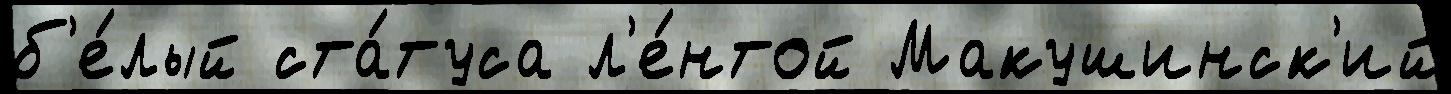
б'е́лый ста́туса л'е́нтой Макушинск'ий